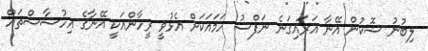
ލިބުނު ޝޮކުން އޭނާ އަރައިގަނެ ނަފްސު ހަމައަކަށް އެޅުވީ ރީހާންއަކީ އޭނާގެ އިހުސާސްތައް